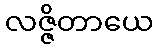
လဇ္ဇိတာယေ